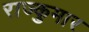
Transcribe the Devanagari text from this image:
राज्कुमार